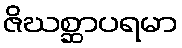
ဇိဃစ္ဆာပရမာ